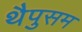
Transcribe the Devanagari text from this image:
थैपुसम